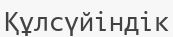
Құлсүйіндік